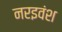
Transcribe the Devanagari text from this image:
नरइवंश